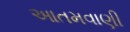
આતમવાણી